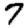
Digit: 7